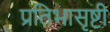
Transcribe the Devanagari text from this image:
प्रतिभासृष्टी